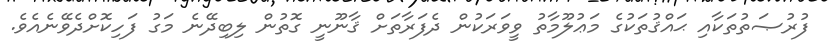
ފުރުޞަތުތަކާއި ޙައްޤުތަކުގެ މަޢުލޫމާތު ވީވަރަކުން ދެފަރާތަށް ޤާނޫނީ ގޮތުން ލިބިދޭނެ މަގު ފަހިކޮށްދެވޭނެއެވެ.